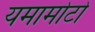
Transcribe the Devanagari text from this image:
यमामोटो